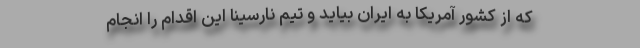
که از کشور آمریکا به ایران بیاید و تیم نارسینا این اقدام را انجام